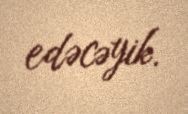
edəcəyik.